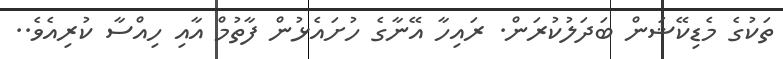
ތަކުގެ މެޑިކޭޝަން ބަދަލުކުރަން. ރައިހާ އޭނާގެ ހުށައެޅުން ފާތުމް އާއި ހިއްސާ ކުރިއެެެވެ..